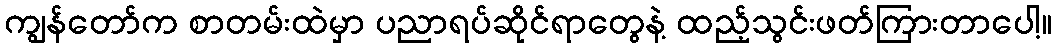
ကျွန်တော်က စာတမ်းထဲမှာ ပညာရပ်ဆိုင်ရာတွေနဲ့ ထည့်သွင်းဖတ်ကြားတာပေါ့။